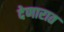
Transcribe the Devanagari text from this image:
देणारात